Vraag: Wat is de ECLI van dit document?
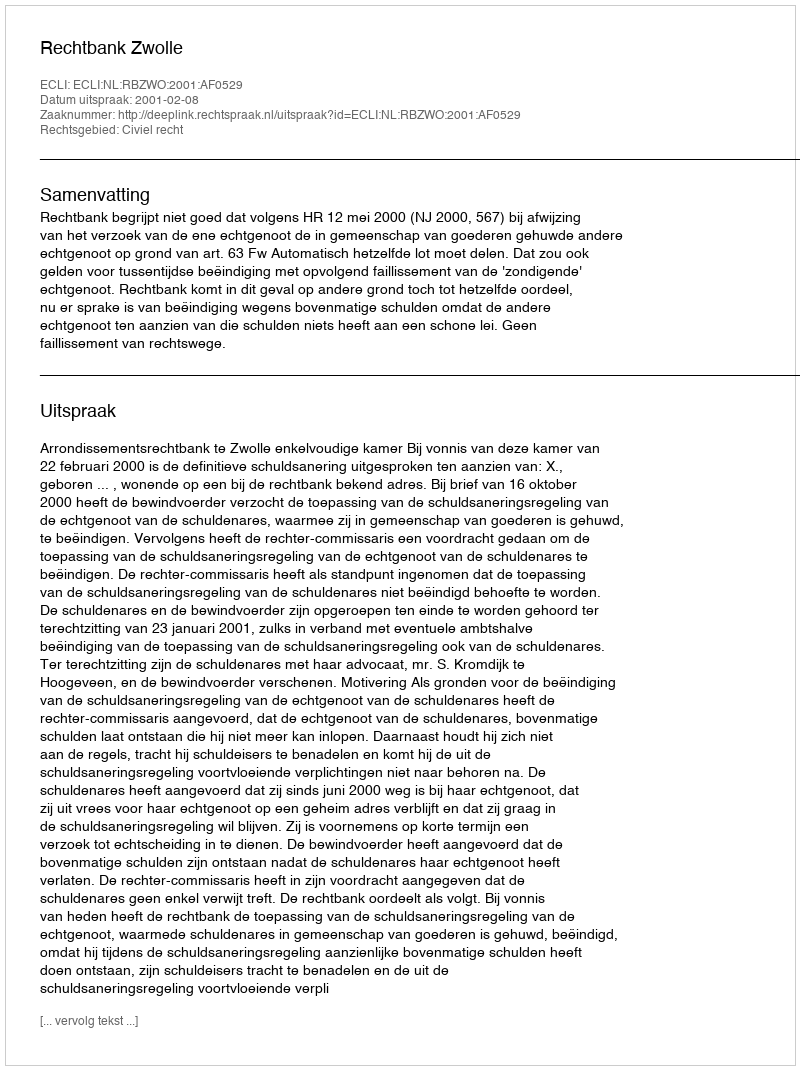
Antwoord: ECLI:NL:RBZWO:2001:AF0529